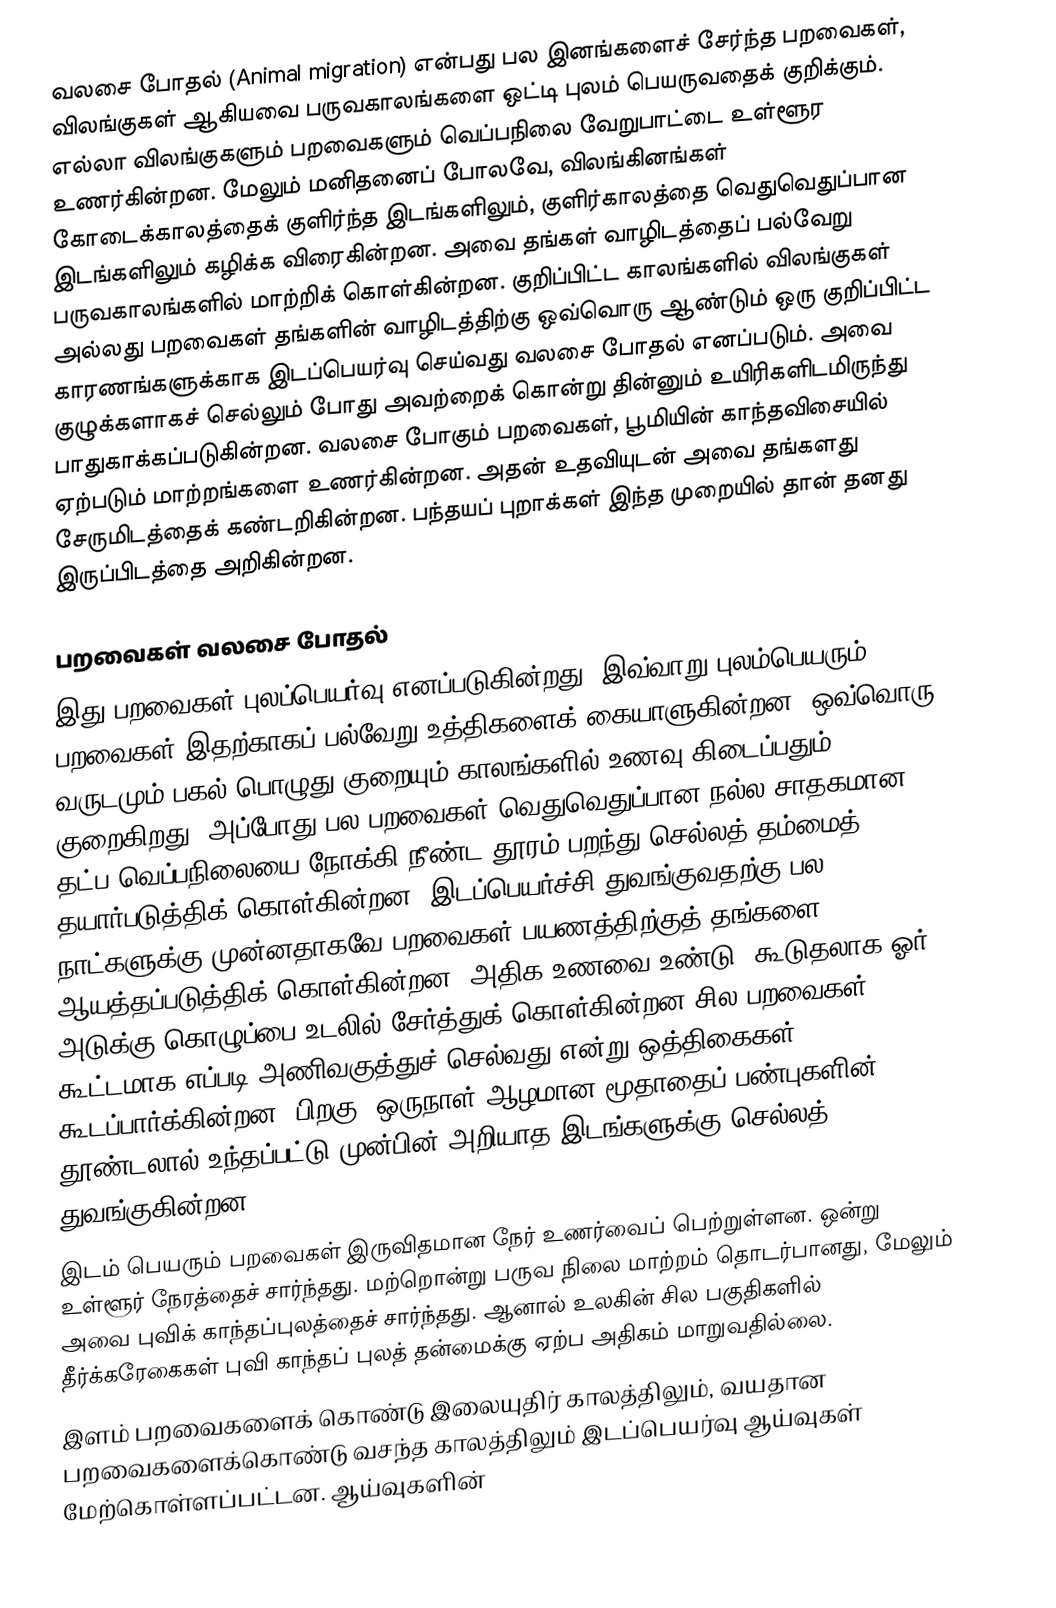
வலசை போதல் (Animal migration) என்பது  பல இனங்களைச் சேர்ந்த பறவைகள்,  விலங்குகள் ஆகியவை பருவகாலங்களை ஒட்டி புலம் பெயருவதைக் குறிக்கும். எல்லா விலங்குகளும் பறவைகளும் வெப்பநிலை வேறுபாட்டை உள்ளூர உணர்கின்றன. மேலும் மனிதனைப் போலவே, விலங்கினங்கள் கோடைக்காலத்தைக் குளிர்ந்த இடங்களிலும், குளிர்காலத்தை வெதுவெதுப்பான இடங்களிலும் கழிக்க விரைகின்றன. அவை தங்கள் வாழிடத்தைப் பல்வேறு பருவகாலங்களில் மாற்றிக் கொள்கின்றன. குறிப்பிட்ட காலங்களில் விலங்குகள் அல்லது பறவைகள் தங்களின் வாழிடத்திற்கு ஒவ்வொரு ஆண்டும் ஒரு குறிப்பிட்ட காரணங்களுக்காக இடப்பெயர்வு செய்வது வலசை போதல் எனப்படும். அவை குழுக்களாகச் செல்லும் போது அவற்றைக் கொன்று தின்னும் உயிரிகளிடமிருந்து பாதுகாக்கப்படுகின்றன. வலசை போகும் பறவைகள், பூமியின் காந்தவிசையில் ஏற்படும் மாற்றங்களை உணர்கின்றன. அதன் உதவியுடன் அவை தங்களது சேருமிடத்தைக் கண்டறிகின்றன. பந்தயப் புறாக்கள் இந்த முறையில் தான் தனது இருப்பிடத்தை அறிகின்றன.

பறவைகள் வலசை போதல்
இது பறவைகள் புலப்பெயர்வு எனப்படுகின்றது. இவ்வாறு புலம்பெயரும் பறவைகள் இதற்காகப் பல்வேறு உத்திகளைக் கையாளுகின்றன. ஒவ்வொரு வருடமும் பகல் பொழுது குறையும்  காலங்களில் உணவு கிடைப்பதும் குறைகிறது. அப்போது பல பறவைகள் வெதுவெதுப்பான நல்ல சாதகமான தட்ப வெப்பநிலையை நோக்கி நீண்ட தூரம் பறந்து செல்லத் தம்மைத் தயார்படுத்திக் கொள்கின்றன. இடப்பெயர்ச்சி துவங்குவதற்கு பல நாட்களுக்கு முன்னதாகவே பறவைகள் பயணத்திற்குத் தங்களை ஆயத்தப்படுத்திக் கொள்கின்றன. அதிக உணவை உண்டு, கூடுதலாக ஓர் அடுக்கு கொழுப்பை உடலில் சேர்த்துக் கொள்கின்றன சில பறவைகள் கூட்டமாக எப்படி அணிவகுத்துச் செல்வது என்று ஒத்திகைகள் கூடப்பார்க்கின்றன. பிறகு, ஒருநாள் ஆழமான மூதாதைப் பண்புகளின் தூண்டலால் உந்தப்பட்டு முன்பின் அறியாத இடங்களுக்கு செல்லத் துவங்குகின்றன.
இடம் பெயரும் பறவைகள் இருவிதமான நேர் உணர்வைப் பெற்றுள்ளன. ஒன்று உள்ளூர் நேரத்தைச் சார்ந்தது. மற்றொன்று பருவ நிலை மாற்றம் தொடர்பானது, மேலும் அவை புவிக் காந்தப்புலத்தைச் சார்ந்தது. ஆனால் உலகின் சில பகுதிகளில் தீர்க்கரேகைகள் புவி காந்தப் புலத் தன்மைக்கு ஏற்ப அதிகம் மாறுவதில்லை.
இளம் பறவைகளைக் கொண்டு இலையுதிர் காலத்திலும், வயதான பறவைகளைக்கொண்டு வசந்த காலத்திலும் இடப்பெயர்வு ஆய்வுகள் மேற்கொள்ளப்பட்டன. ஆய்வுகளின்